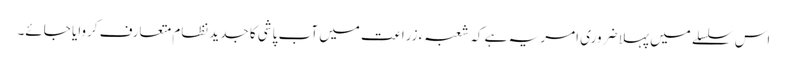
اس سلسلے میں پہلا ضروری امر یہ ہے کہ شعبہء زراعت میں آب پاشی کا جدید نظام متعارف کروایا جائے۔